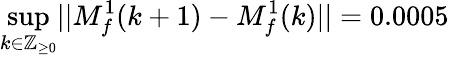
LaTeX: \operatorname*{sup}_{k\in\mathbb{Z}_{\geq 0}}\lvert|M_{f}^{1}(k+1)-M_{f}^{1}(k)\rvert|=0.0005